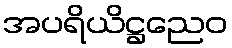
အပရိယိဋ္ဌညေဝ